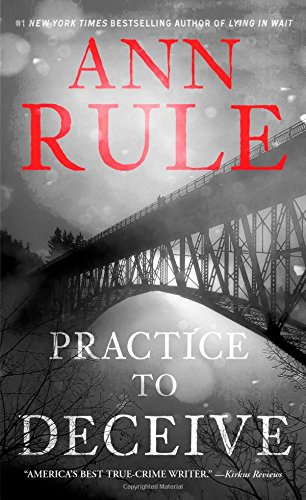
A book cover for Practice to Deceive; Ann Rule; Biographies & Memoirs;